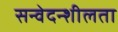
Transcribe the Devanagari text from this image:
सन्वेदन्शीलता